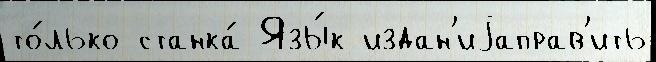
то́лько станка́ Язы́к издан'иjаправ'ить